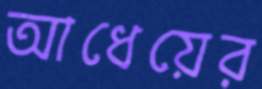
আধেয়ের